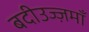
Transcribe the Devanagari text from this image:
बदीउज्ज़माँ